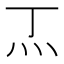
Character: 𭴀